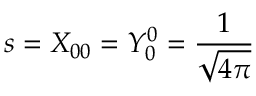
s = X _ { 0 0 } = Y _ { 0 } ^ { 0 } = { \frac { 1 } { \sqrt { 4 \pi } } }